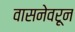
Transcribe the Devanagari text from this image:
वासनेवरून